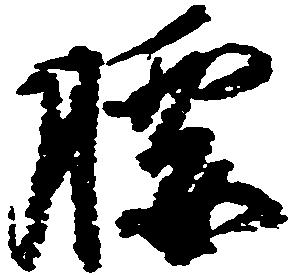
腰